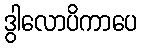
ဒွါလောပိကာပေ